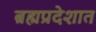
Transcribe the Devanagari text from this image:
ब्रह्मप्रदेशात